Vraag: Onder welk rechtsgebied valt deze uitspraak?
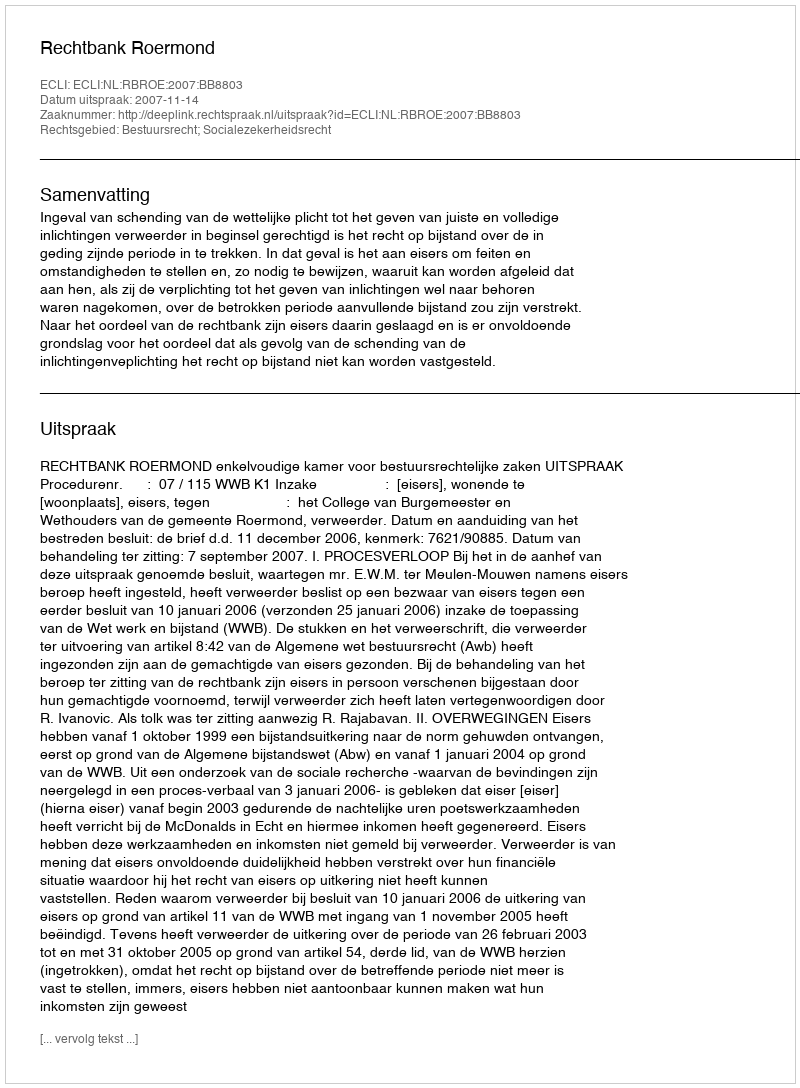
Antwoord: Bestuursrecht; Socialezekerheidsrecht